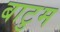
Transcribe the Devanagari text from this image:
बाटुम